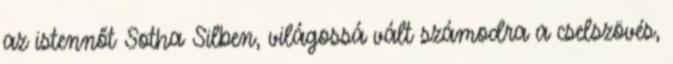
az istennőt Sotha Silben, világossá vált számodra a cselszövés,